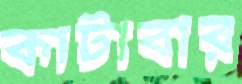
কাটাবার